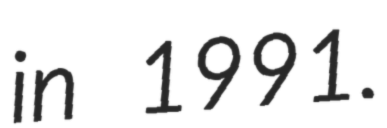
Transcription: in 1991.